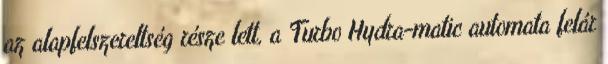
az alapfelszereltség része lett, a Turbo Hydra-matic automata felár